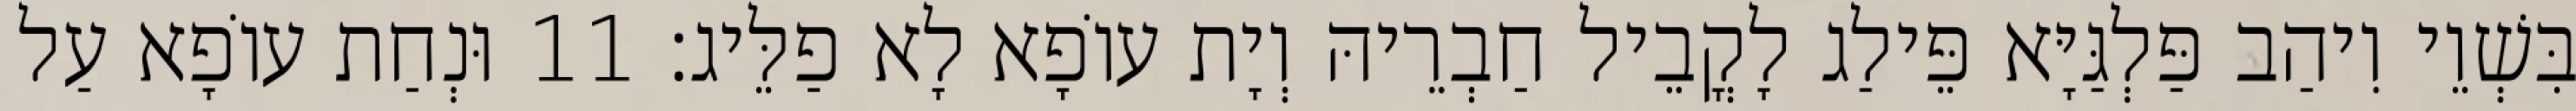
בִּשְׁוֵי וִיהַב פַּלְגַּיָּא פֵּילַג לָקֳבֵיל חַבְרֵיהּ וְיָת עוֹפָא לָא פַלֵּיג׃ 11 וּנְחַת עוֹפָא עַל